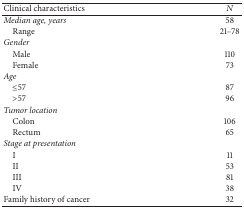
<table><thead><tr><td><b>Clinical characteristics</b></td><td><b><i>N</i></b></td></tr></thead><tbody><tr><td><i>Median age, years</i></td><td>58</td></tr><tr><td> Range</td><td>21–78</td></tr><tr><td><i>Gender</i></td><td> </td></tr><tr><td> Male</td><td>110</td></tr><tr><td> Female</td><td>73</td></tr><tr><td><i>Age</i></td><td> </td></tr><tr><td> ≤57</td><td>87</td></tr><tr><td> &gt;57</td><td>96</td></tr><tr><td><i>Tumor location</i></td><td> </td></tr><tr><td> Colon</td><td>106</td></tr><tr><td> Rectum</td><td>65</td></tr><tr><td><i>Stage at presentation</i></td><td> </td></tr><tr><td> I</td><td>11</td></tr><tr><td> II</td><td>53</td></tr><tr><td> III</td><td>81</td></tr><tr><td> IV</td><td>38</td></tr><tr><td>Family history of cancer</td><td>32</td></tr></tbody></table>